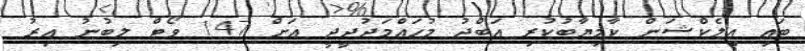
ބައި އިލެކްޝަން ކާމިޔާބުކުރި އަބްދު މުހައްމަދުދީދީ އަށް 147 ވޯޓް ލިބުނު އިރު